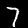
Label: 7